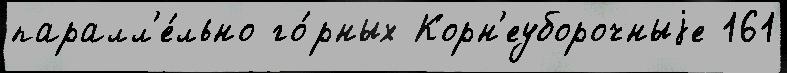
паралл'е́льно го́рных Корн'еуборочныjе 161